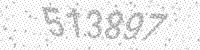
Solution: 513897